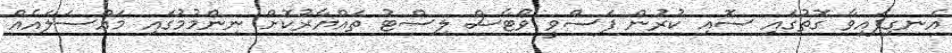
އެނގިފައިވާ ގޮތުގައި ސޮއި ކުރުން ފަސްވީ ވޯޓާސް ލިސްޓު ތައްޔާރުކޮށް ނިންމުމުގައި މައްސަލައެއް